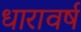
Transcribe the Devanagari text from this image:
धारावर्ष